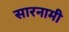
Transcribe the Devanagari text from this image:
सारनामी